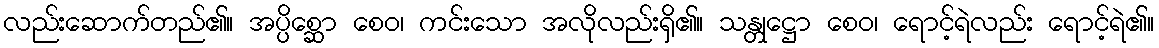
လည်းဆောက်တည်၏။ အပ္ပိစ္ဆော စေဝ၊ ကင်းသော အလိုလည်းရှိ၏။ သန္တုဋ္ဌော စေဝ၊ ရောင့်ရဲလည်း ရောင့်ရဲ၏။